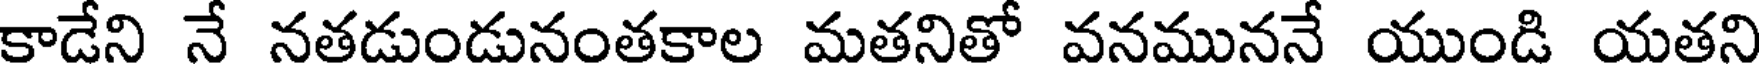
కాడేని నే నతడుండునంతకాల మతనితో వనముననే యుండి యతని